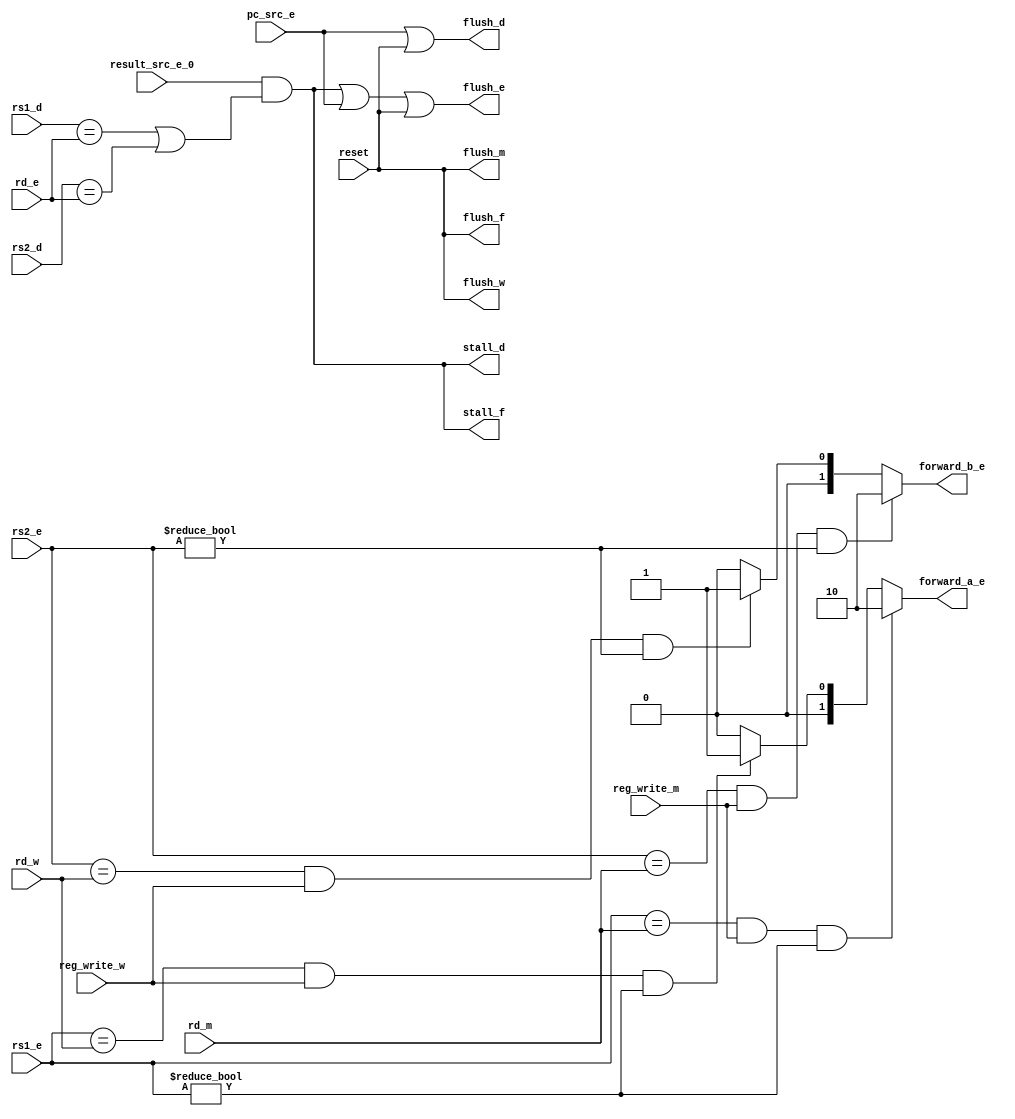
`default_nettype none
`timescale 1ns/1ns



module hazard_unit (
    input wire reg_write_m, reg_write_w, result_src_e_0, pc_src_e,
    input wire [4:0] rs1_e, rs1_d, rs2_e, rs2_d, rd_e, rd_m, rd_w,
    output wire stall_f, stall_d, flush_d, flush_e,
    output reg [1:0] forward_a_e, forward_b_e,
    output wire flush_f, flush_m, flush_w,
    input wire reset
    // input wire clk
    );

    wire lwstall;

    always @(*) begin

        // forwarding to solve data hazards

        // forwarding alu's src_a
        if (((rs1_e == rd_m) & reg_write_m) & (rs1_e != 0)) begin
            forward_a_e <= 2'b10;
        end else if (((rs1_e == rd_w) & reg_write_w) & (rs1_e != 0)) begin
            forward_a_e <= 2'b01;
        end else
            forward_a_e <= 2'b0;

        // forwarding alu's src_b
        if (((rs2_e == rd_m) & reg_write_m) & (rs2_e != 0)) begin
            forward_b_e <= 2'b10;
        end else if (((rs2_e == rd_w) & reg_write_w) & (rs2_e != 0)) begin
            forward_b_e <= 2'b01;
        end else
            forward_b_e <= 2'b0;
    end

    // handling load and branch hazards
    assign lwstall = result_src_e_0 & ((rs1_d == rd_e) | (rs2_d == rd_e));
    assign stall_f = lwstall;
    assign stall_d = lwstall;

    assign flush_d = pc_src_e | reset;
    assign flush_e = lwstall | pc_src_e | reset;

    //reset signal
    assign flush_f = reset;
    assign flush_m = reset;
    assign flush_w = reset;
    // `ifdef FORMAL
    //     initial assume(reset);
    //     // initial assume(reg_file[0] == 32'b0);
    //     always @(posedge clk) begin
    //         cover (reg_file[0] != 0);
    //     end
    // `endif

    // `ifdef COCOTB_SIM
    // initial begin
    // $dumpfile ("alu.vcd");
    // $dumpvars (0, alu);
    // #1;
    // end
    // `endif
endmodule